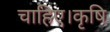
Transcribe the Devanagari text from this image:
चाहिए।कृषि